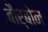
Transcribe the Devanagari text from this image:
बौर्बोन